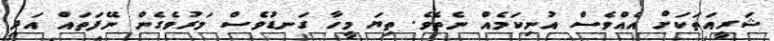
ޝަރީއަތަކަށް އެއްވެސް އުނިކަމެއް ނެތެވެ. ތިޔަ މީހާ ގަނޑުވެސް މަރުވެގެން ނޭފަތައް އަދި